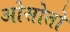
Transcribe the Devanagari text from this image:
ओसोतो